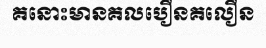
គនោះមានគលបឿនគលឿន